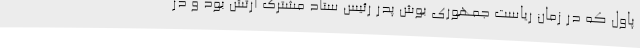
پاول که در زمان ریاست جمهوری بوش پدر رئیس ستاد مشترک ارتش بود و در